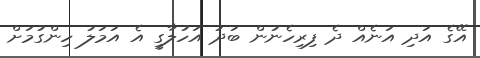
އޭގެ އަދި އަނެއް ދެ ފިރިހެނުން ބަދު އަހުލާގީ އެ އަމަލު ހިންގުމަށް